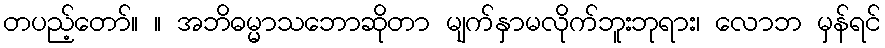
တပည့်တော်။ ။ အဘိဓမ္မာသဘောဆိုတာ မျက်နှာမလိုက်ဘူးဘုရား၊ လောဘ မှန်ရင်